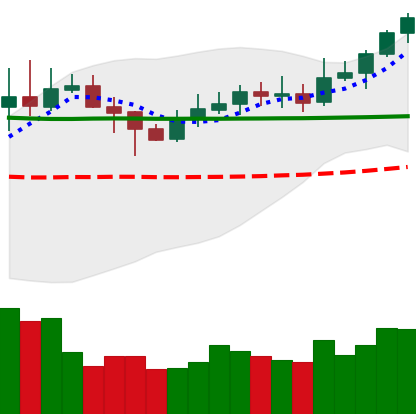
Ticker: XLM-USD
Chart end date: 2020-02-06
Forward return: 4.538%
Label: up_3_5